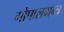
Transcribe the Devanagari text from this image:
गोपालमन्त्र